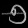
Digit: ၅